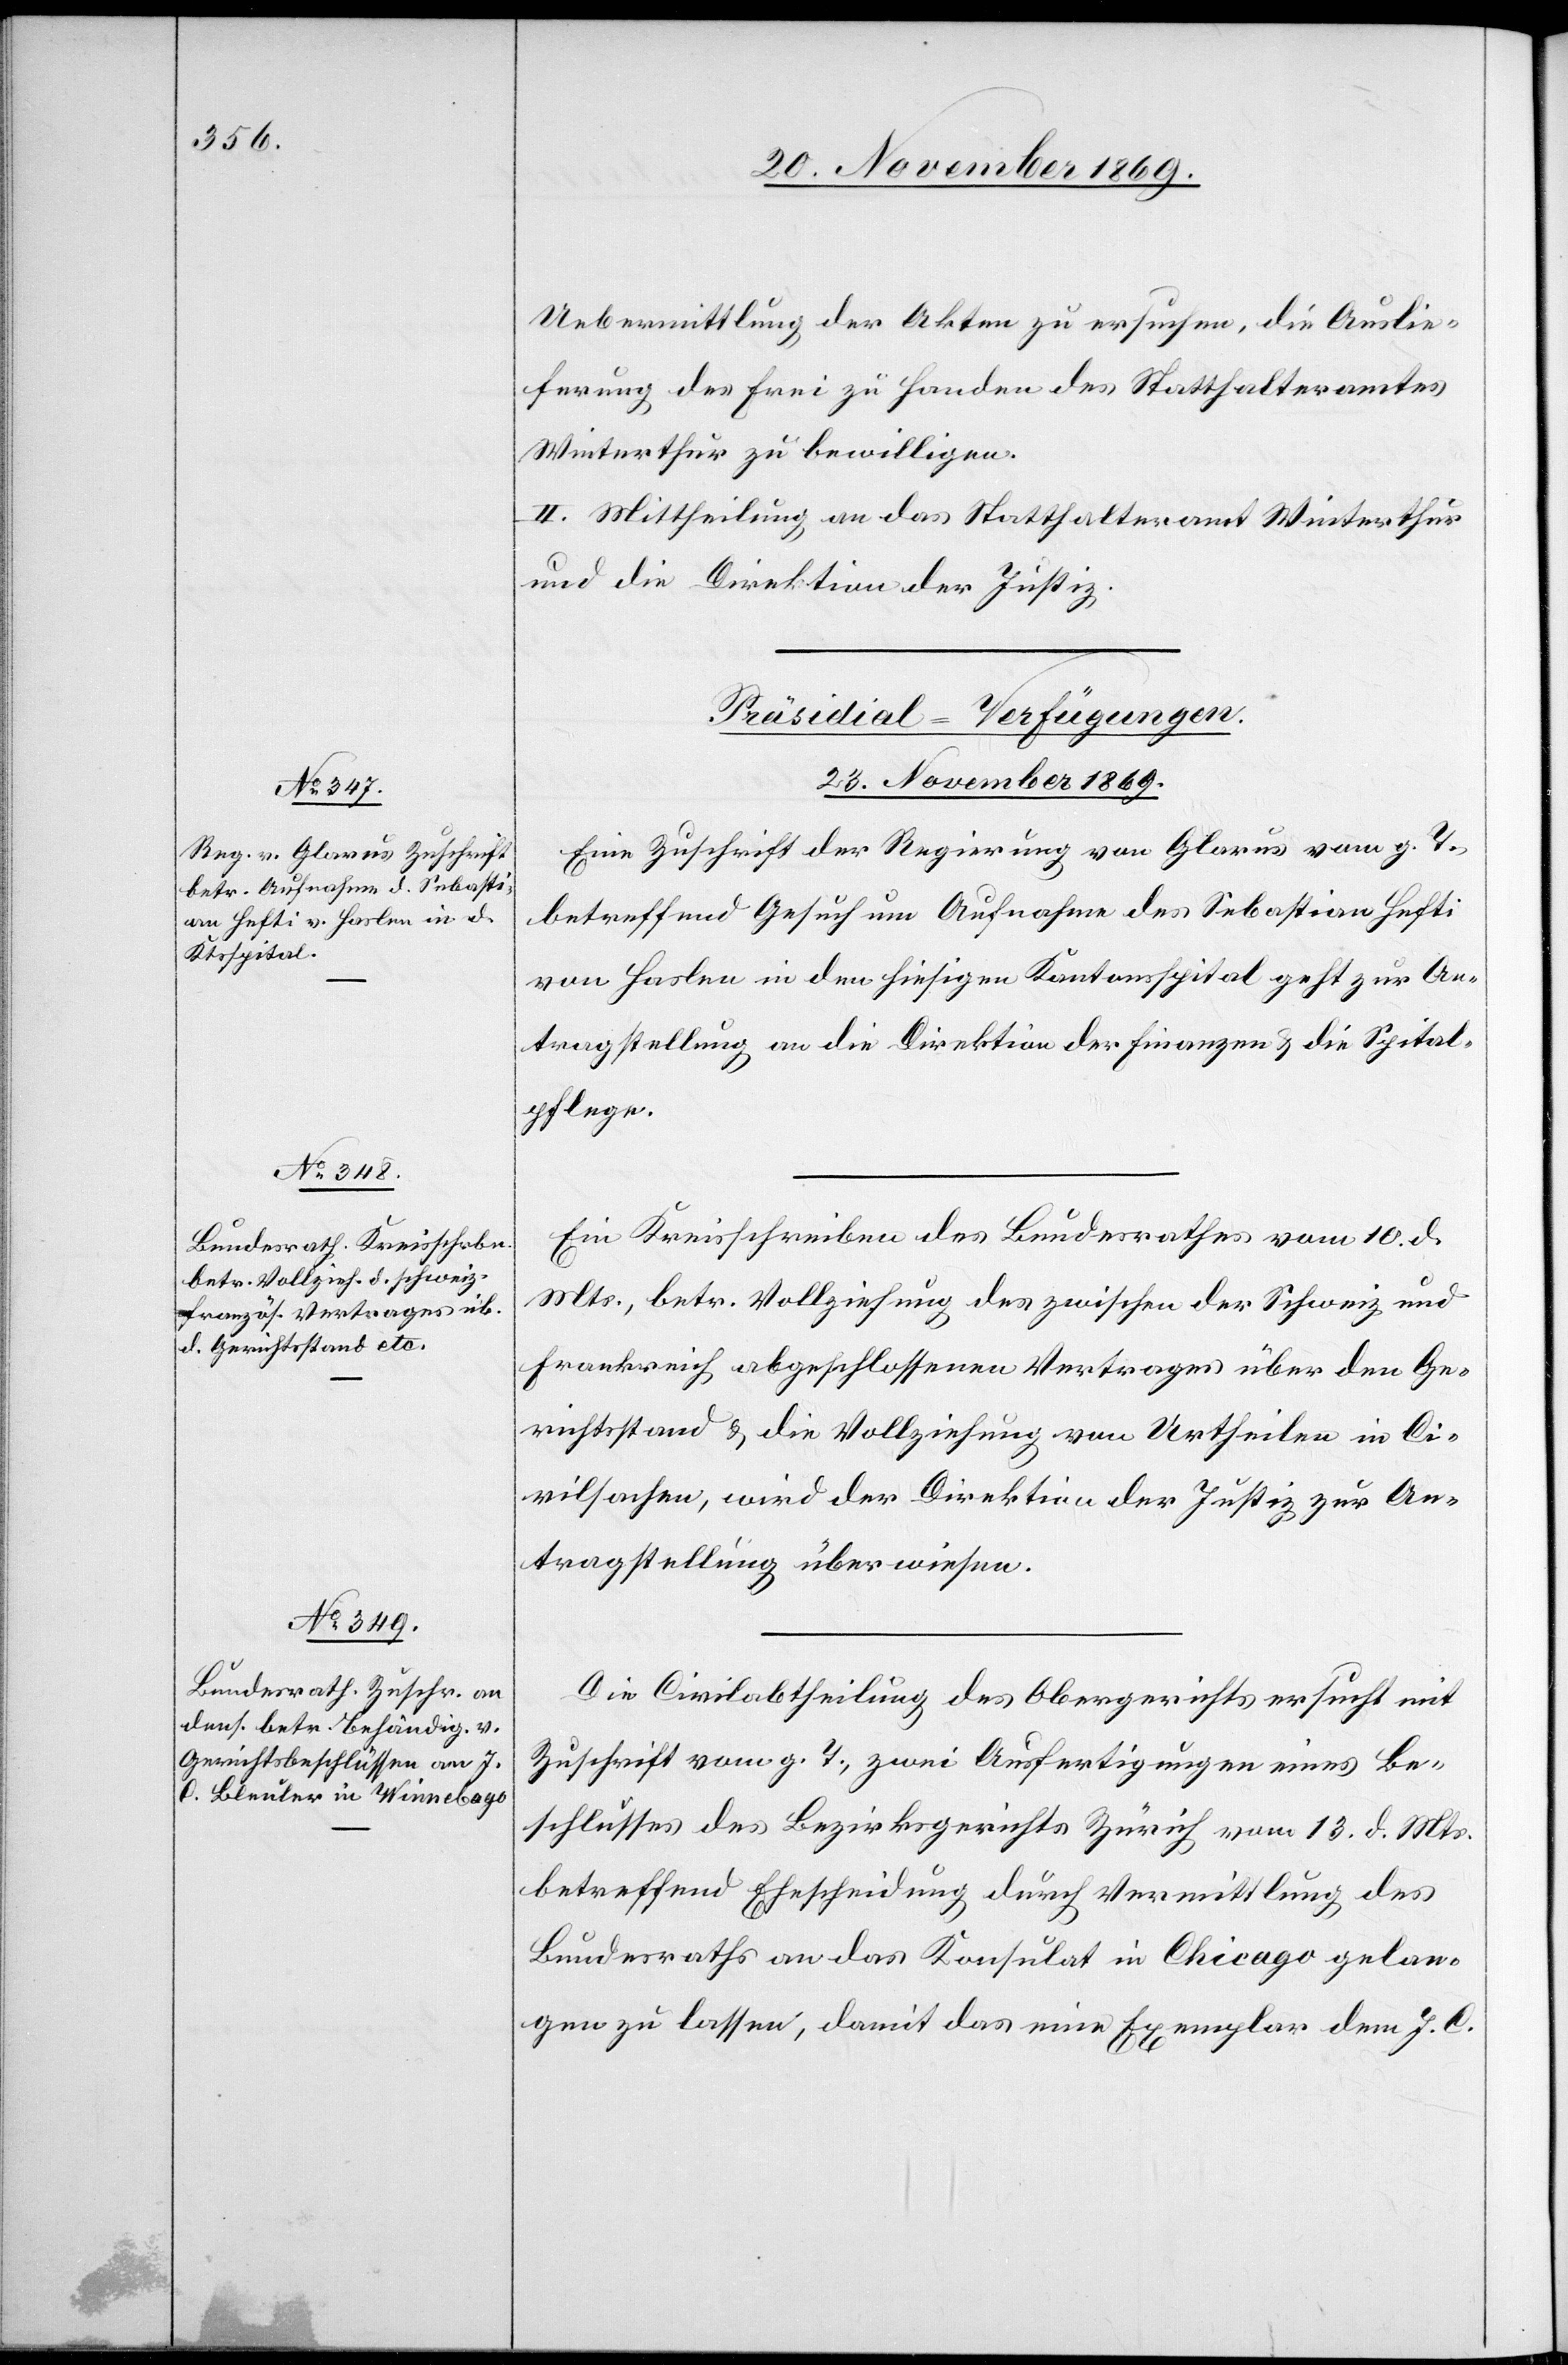
Uebermittlung der Akten zu ersuchen, die Auslie¬
ferung des Frei zu Handen des Statthalteramtes
Winterthur zu bewilligen.
II. Mittheilung an das Statthalteramt Winterthur
und die Direktion der Justiz.
[Präsidial-Verfügungen.
23. November 1869.]
Eine Zuschrift der Regierung von Glarus vom g. T.,
betreffend Gesuch um Aufnahme des Sebastian Hefti
von Haslen in den hiesigen Kantonsspital geht zur An¬
tragstellung an die Direktion der Finanzen & die Spital¬
pflege.
Ein Kreisschreiben des Bundesrathes vom 10. d.
Mts., betr. Vollziehung des zwischen der Schweiz und
Frankreich abgeschlossenen Vertrages über den Ge¬
richtsstand & die Vollziehung von Urtheilen in Ci¬
vilsachen, wird der Direktion der Justiz zur An¬
tragstellung überwiesen.
Die Civilabtheilung des Obergerichts ersucht mit
Zuschrift vom g. T., zwei Ausfertigungen eines Be¬
schlusses des Bezirksgerichts Zürich vom 13. d. Mts.
betreffend Ehescheidung durch Vermittlung des
Bundesraths an das Konsulat in Chicago gelan¬
gen zu lassen, damit das eine Exemplar dem J. C.